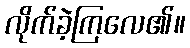
လိုက်ခဲ့ကြလေ၏။